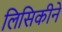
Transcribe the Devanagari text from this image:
लिसिकीने